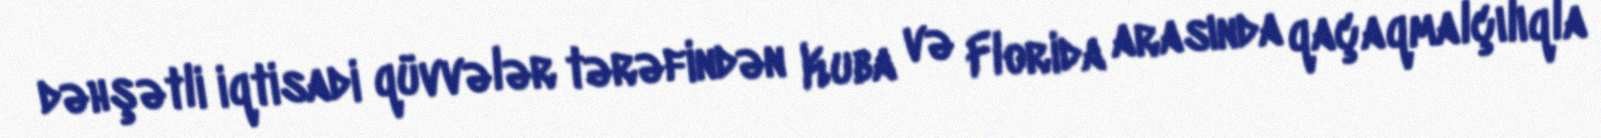
dəhşətli iqtisadi qüvvələr tərəfindən Kuba və Florida arasında qaçaqmalçılıqla